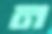
ন